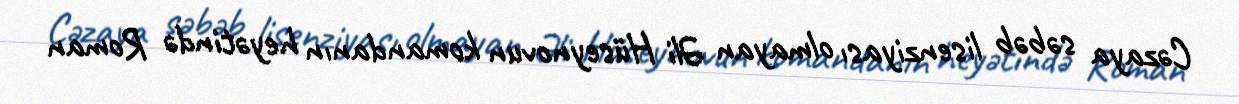
Cəzaya səbəb lisenziyası olmayan Əli Hüseynovun komandanın heyətində Roman